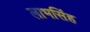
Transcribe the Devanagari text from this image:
लाभसिंह